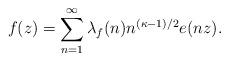
LaTeX: \begin{align*}f(z) = \sum_{n=1}^{\infty} \lambda_f (n) n^{(\kappa -1)/2} e(nz).\end{align*}